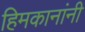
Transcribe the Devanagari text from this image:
हिमकानांनी